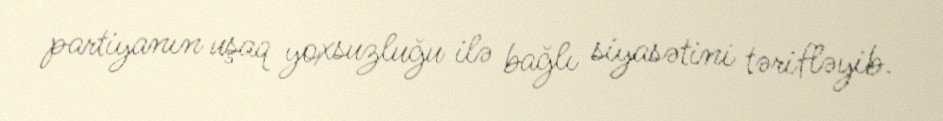
partiyanın uşaq yoxsuzluğu ilə bağlı siyasətini tərifləyib.